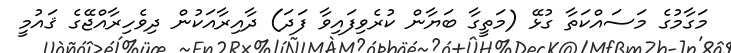
މަގާމުގެ މަސައްކަތާ ގުޅޭ (މަތީގާ ބަޔާން ކުރެވިފައިވާ ފަދަ) ދާއިރާއަކުން ދިވެހިރާއްޖޭގެ ޤައުމީ